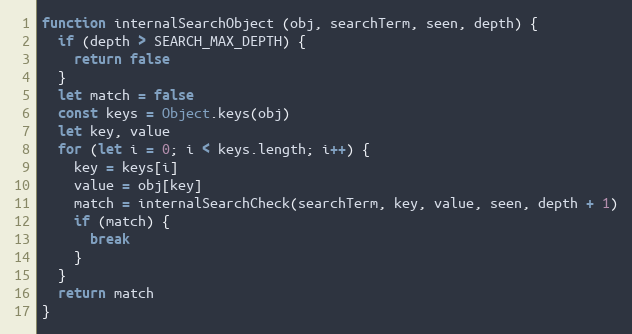
Language: JavaScript
function internalSearchObject (obj, searchTerm, seen, depth) {
  if (depth > SEARCH_MAX_DEPTH) {
    return false
  }
  let match = false
  const keys = Object.keys(obj)
  let key, value
  for (let i = 0; i < keys.length; i++) {
    key = keys[i]
    value = obj[key]
    match = internalSearchCheck(searchTerm, key, value, seen, depth + 1)
    if (match) {
      break
    }
  }
  return match
}